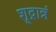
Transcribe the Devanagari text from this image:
शूद्रान्नं